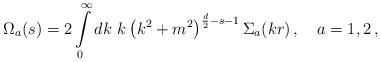
\begin{align*} \Omega_a(s)=2\int\limits_0^\infty dk\,\,k\left(k^2+m^2\right)^ {\frac d2-s-1}{\Sigma}_a(kr)\,,\quad a=1,2\,,\end{align*}